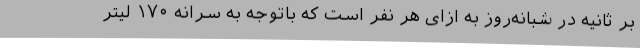
بر ثانیه در شبانه‌روز به ازای هر نفر است که باتوجه به سرانه ۱۷۰ لیتر